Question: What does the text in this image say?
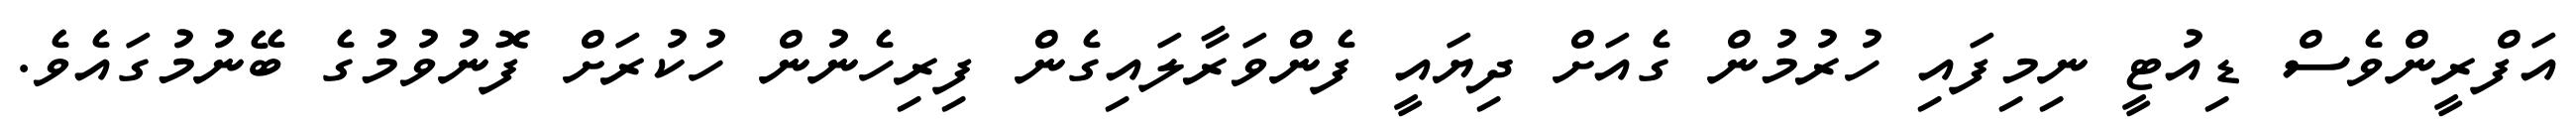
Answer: އަފްރީންވެސް ޑިއުޓީ ނިމިފައި ހުރުމުން ގެއަށް ދިޔައީ ފެންވަރާލައިގެން ފިރިހެނުން ހުކުރަށް ފޮނުވުމުގެ ބޭނުމުގައެވެ.